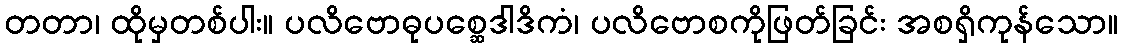
တတာ၊ ထိုမှတစ်ပါး။ ပလိဗောဓုပစ္ဆေဒါဒိကံ၊ ပလိဗောစကိုဖြတ်ခြင်း အစရှိကုန်သော။